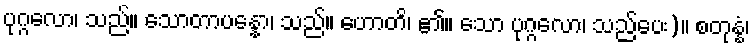
ပုဂ္ဂလော၊ သည်။ သောတာပန္နော၊ သည်။ ဟောတိ၊ ၏။ သော ပုဂ္ဂလော၊ သည်ပေး)။ စတုန္နံ၊